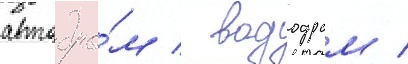
автодро́м / вододром /